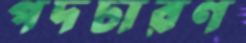
পদচারণ